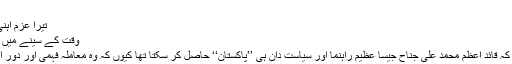
‘‘
تیرا عزم آہنی پربت سے بھی پائندہ تر
وقت کے سینے میں تھی پیوست تیری ہر نظر
پھر وقت نے ثابت کر دیا کہ قائدِ اعظم محمد علی جناح جیسا عظیم راہنما اور سیاست دان ہی ’’پاکستان‘‘ حاصل کر سکتا تھا کیوں کہ وہ معاملہ فہمی اور دور اندیشی میں بے مثال تھے۔